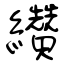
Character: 纘